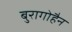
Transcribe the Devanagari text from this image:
बुरागोहैन